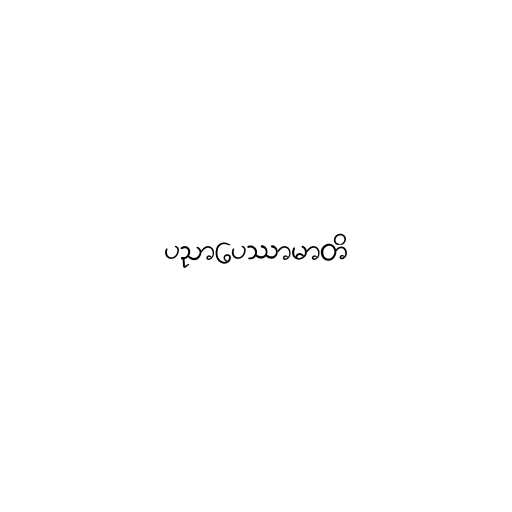
ပညာပေဿာမာတိ